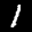
Label: 1